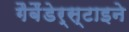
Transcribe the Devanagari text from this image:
गैबैंडेर्स्टाइने